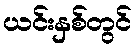
ယင်းနှစ်တွင်